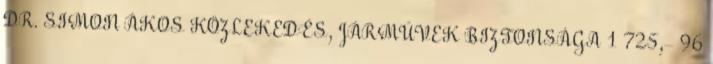
DR. SIMON ÁKOS KÖZLEKEDÉS, JÁRMŰVEK BIZTONSÁGA 1 725,- 96